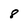
Character: 8